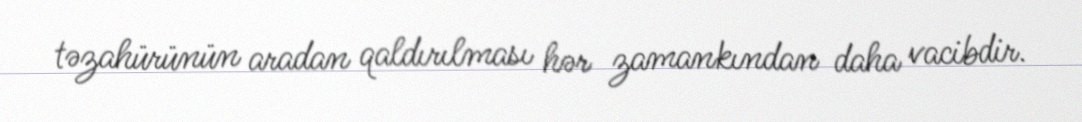
təzahürünün aradan qaldırılması hər zamankından daha vacibdir.